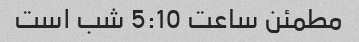
مطمئن ساعت 5:10 شب است